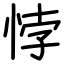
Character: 悖